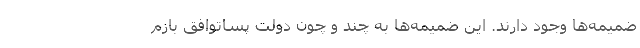
ضميمه‌ها وجود دارند. اين ضميمه‌ها به چند و چون دولت پساتوافق بازم